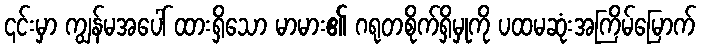
၎င်းမှာ ကျွန်မအပေါ် ထားရှိသော မာမား၏ ဂရုတစိုက်ရှိမှုကို ပထမဆုံးအကြိမ်မြောက်